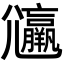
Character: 𡰟